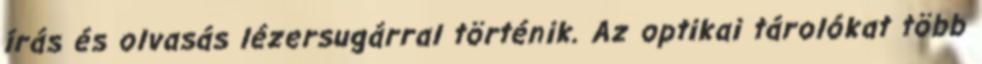
írás és olvasás lézersugárral történik. Az optikai tárolókat több